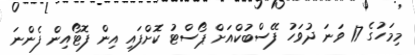
މިމަހުގެ 17 ވަނަ ދުވަހު ފޭސްބުކްއަށް ޕޯސްޓު ކޮށްފައި އިން ފޮޓޯއިން ފެންނަ